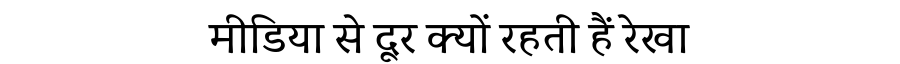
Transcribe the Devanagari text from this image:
मीडिया से दूर क्यों रहती हैं रेखा